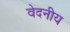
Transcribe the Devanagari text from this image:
वेदनीय